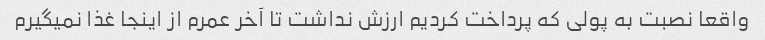
واقعا نصبت به پولی که پرداخت کردیم ارزش نداشت تا آخر عمرم از اینجا غذا نمیگیرم